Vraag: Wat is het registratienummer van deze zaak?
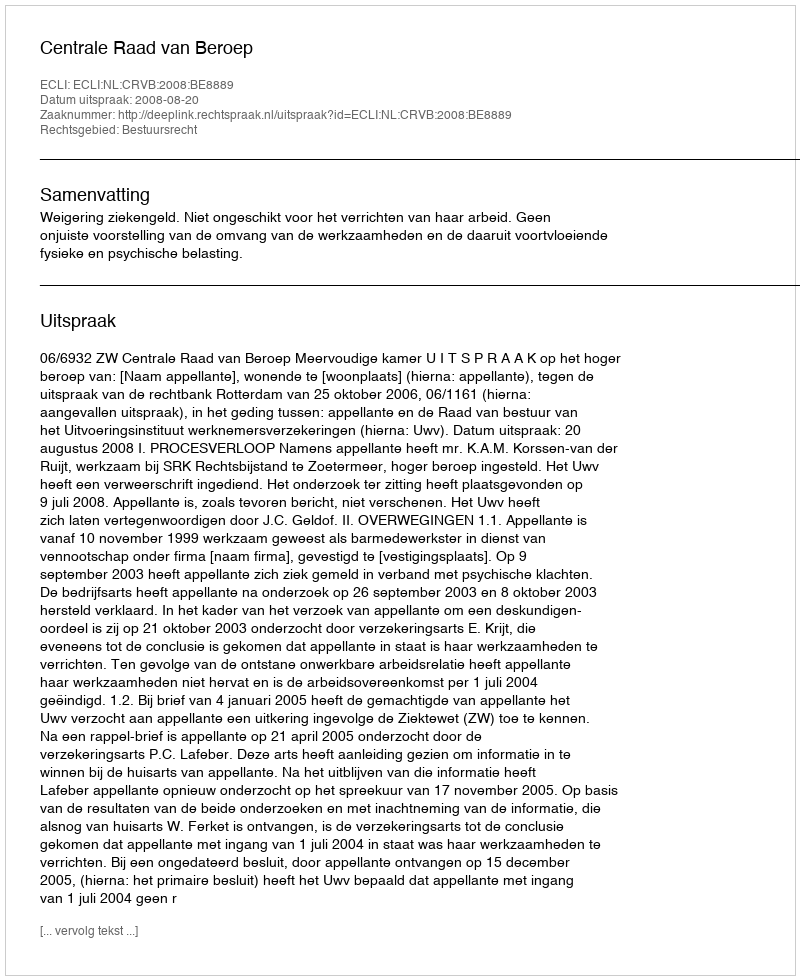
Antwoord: http://deeplink.rechtspraak.nl/uitspraak?id=ECLI:NL:CRVB:2008:BE8889